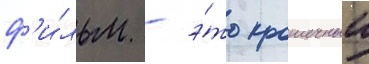
ф'и́льм - э́то крошечныи